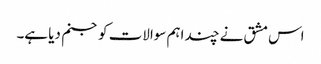
اس مشق نے چند اہم سوالات کو جنم دیا ہے۔